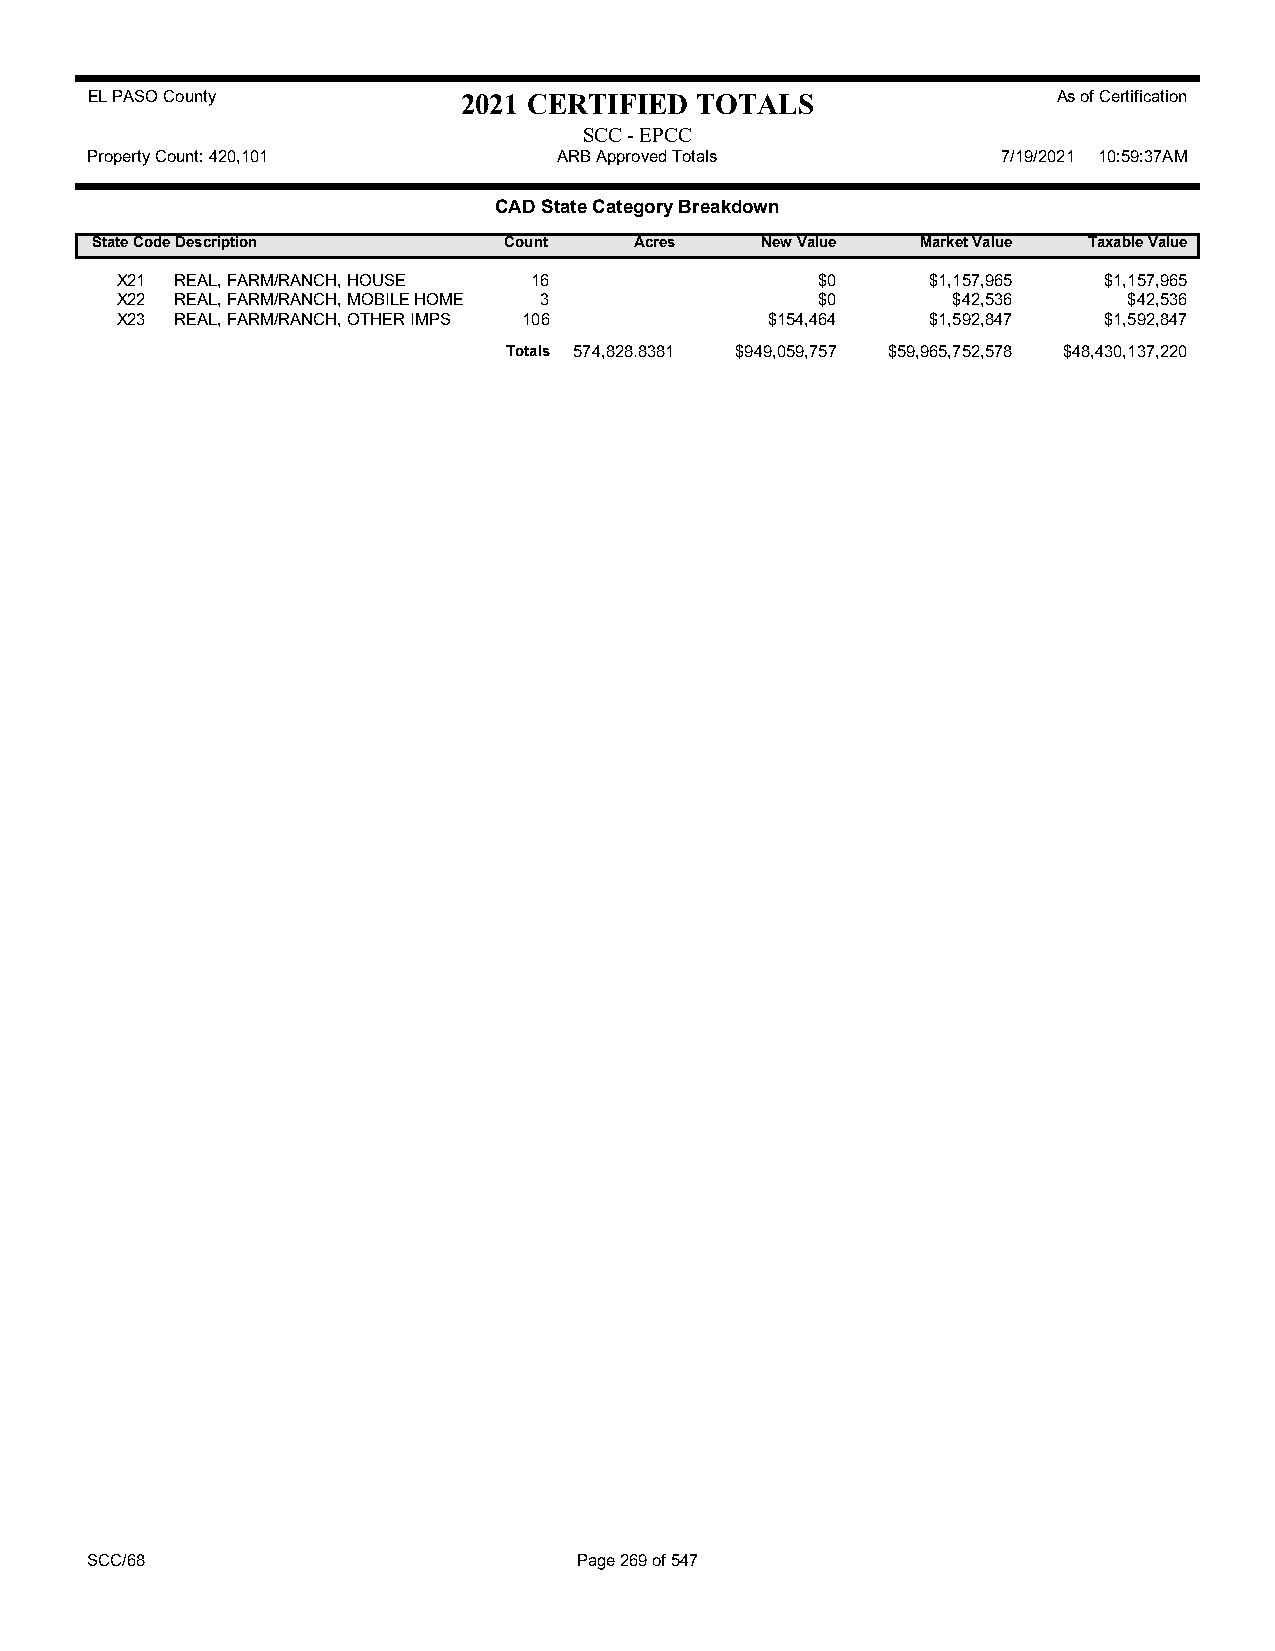
EL PASO County           2021 CERTIFIED TOTALS                  As of Certification
 SCC - EPCC
 Property Count: 420,101        ARB Approved Totals          7/19/2021 10:59:37AM
 CAD State Category Breakdown
 State CodeDescription      Count    Acres   New Value  Market Value Taxable Value
 X21 REAL, FARM/RANCH, HOUSE 16                $0      $1,157,965 $1,157,965
 X22 REAL, FARM/RANCH, MOBILE HOME 3           $0       $42,536     $42,536
 X23 REAL, FARM/RANCH, OTHER IMPS 106       $154,464   $1,592,847 $1,592,847
 Totals 574,828.8381 $949,059,757 $59,965,752,578 $48,430,137,220
 SCC/68                          Page 269 of 547